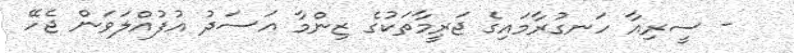
- ސީރިއާ ހަނގުރާމައިގެ ޖަރީމާތަކުގެ ޒިންމާ އަސަދު އުފުއްލަވަން ޖެހޭ